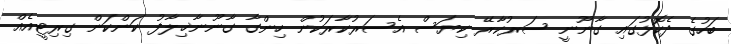
ބަހުގެ ދެކޮޅުގައި ގާނޫނީ ސަރުކާރޭ ކިޔަސް އެސަރުކާރަކުން ހިންގާ ގާނޫނާޚިލާފު ކަންކަން ގިރިޓީއެއް